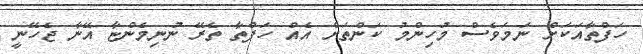
ހަފްތާއަކަށް ނަމަވެސް މުހިންމު ކަންތަށް އެއް ހަފްތާ ތެރޭ ނުނިމެންޏާ އޭނާ ޖެހޭނީ